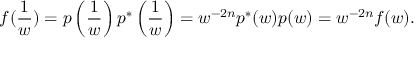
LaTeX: f ( { \frac { 1 } { w } } ) = p \left( { \frac { 1 } { w } } \right) p ^ { * } \left( { \frac { 1 } { w } } \right) = w ^ { - 2 n } p ^ { * } ( w ) p ( w ) = w ^ { - 2 n } f ( w ) .